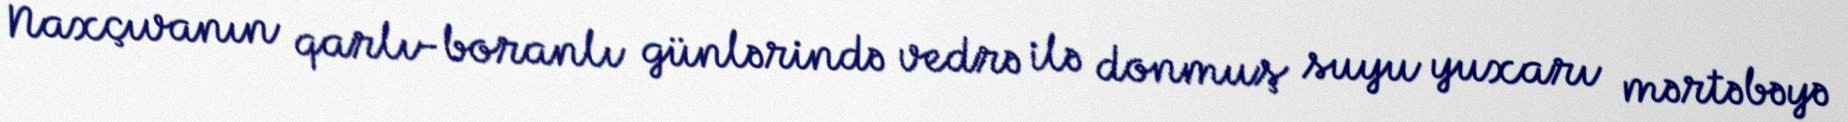
Naxçıvanın qarlı-boranlı günlərində vedrə ilə donmuş suyu yuxarı mərtəbəyə